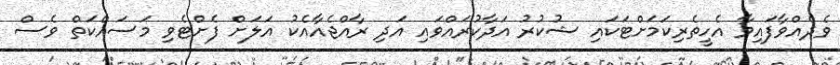
ވެދެއްވާފައިވާ އެހީތެރިކަމަށްޓަކައި ޝުކުރު އަދާކުރައްވައި އަދި ރާއްޖެއާއެކު އަލަށް ފެށްޓެވި މަސައްކަތް ވެސް